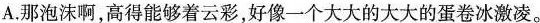
A.那泡沫啊，高得能够着云彩，好像一个大大的大大的蛋卷冰激凌。